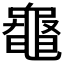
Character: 𪓝